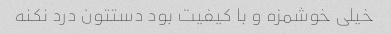
خیلی خوشمزه و با کیفیت بود دستتون درد نکنه